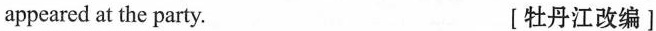
appeared at the party. [牡丹江改编 ]